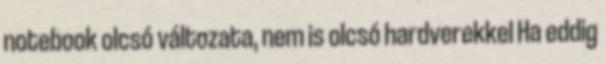
notebook olcsó változata, nem is olcsó hardverekkel Ha eddig